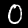
Label: 0